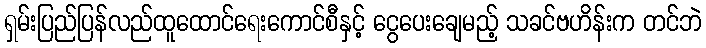
ရှမ်းပြည်ပြန်လည်ထူထောင်ရေးကောင်စီနှင့် ငွေပေးချေမည့် သခင်ဗဟိန်းက တင်ဘဲ